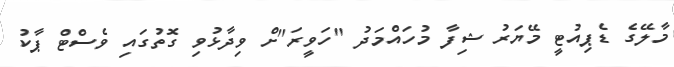
މާލޭގެ ޑެޕިއުޓީ މޭޔަރު ޝިފާ މުހައްމަދު "ހަވީރަ"ށް ވިދާޅުވި ގޮތުގައި ވެސްޓް ޕާކު